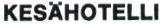
KESÄHOTELLI